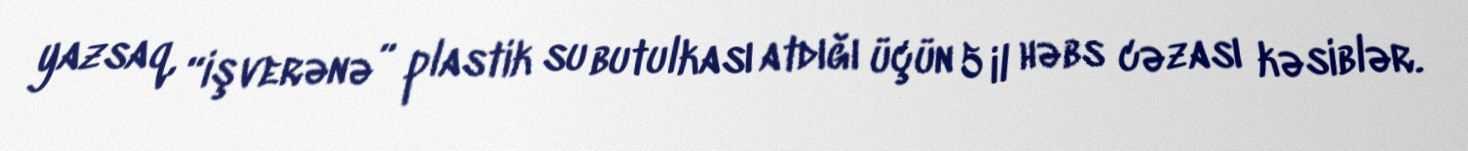
yazsaq, “işverənə” plastik su butulkası atdığı üçün 5 il həbs cəzası kəsiblər.